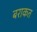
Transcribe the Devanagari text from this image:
बराकत